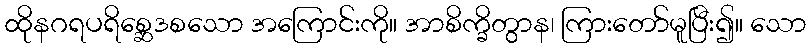
ထိုနဂရပရိစ္ဆေဒစသော အကြောင်းကို။ အာစိက္ခိတွာန၊ ကြားတော်မူပြီး၍။ သော